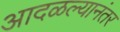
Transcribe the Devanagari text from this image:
आदळल्यानंतर